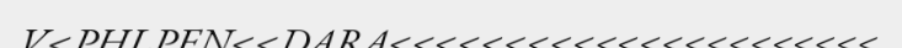
V<PHLPEN<<DARA<<<<<<<<<<<<<<<<<<<<<<